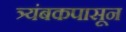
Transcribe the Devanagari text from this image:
त्र्यंबकपासून